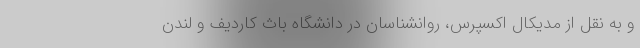
و به نقل از مدیکال اکسپرس، روانشناسان در دانشگاه باث کاردیف و لندن